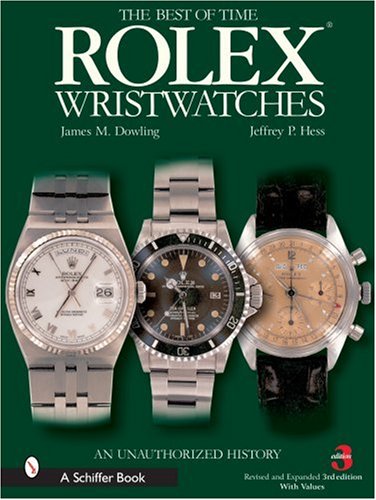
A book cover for The Best of Time Rolex Wristwatches: An Unauthorized History (Schiffer Book for Collectors); James M. Dowling; Crafts, Hobbies & Home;